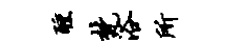
醺梵浴所